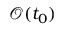
\mathcal { O } ( t _ { 0 } )